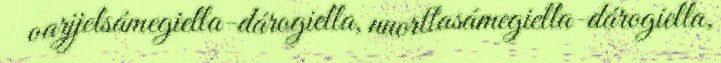
oarjjelsámegiella-dárogiella, nuorttasámegiella-dárogiella,